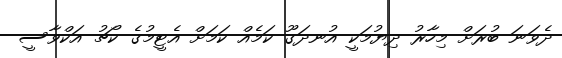
ދެވަނަ ބުރަށް މިހާރު ދިޔުމަކީ އުނދަގޫ ކަމެއް ކަމަށް އެޓީމުގެ ކޯޗު އަކްވާސީ